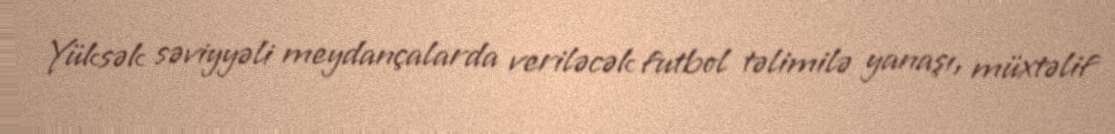
Yüksək səviyyəli meydançalarda veriləcək futbol təlimilə yanaşı, müxtəlif